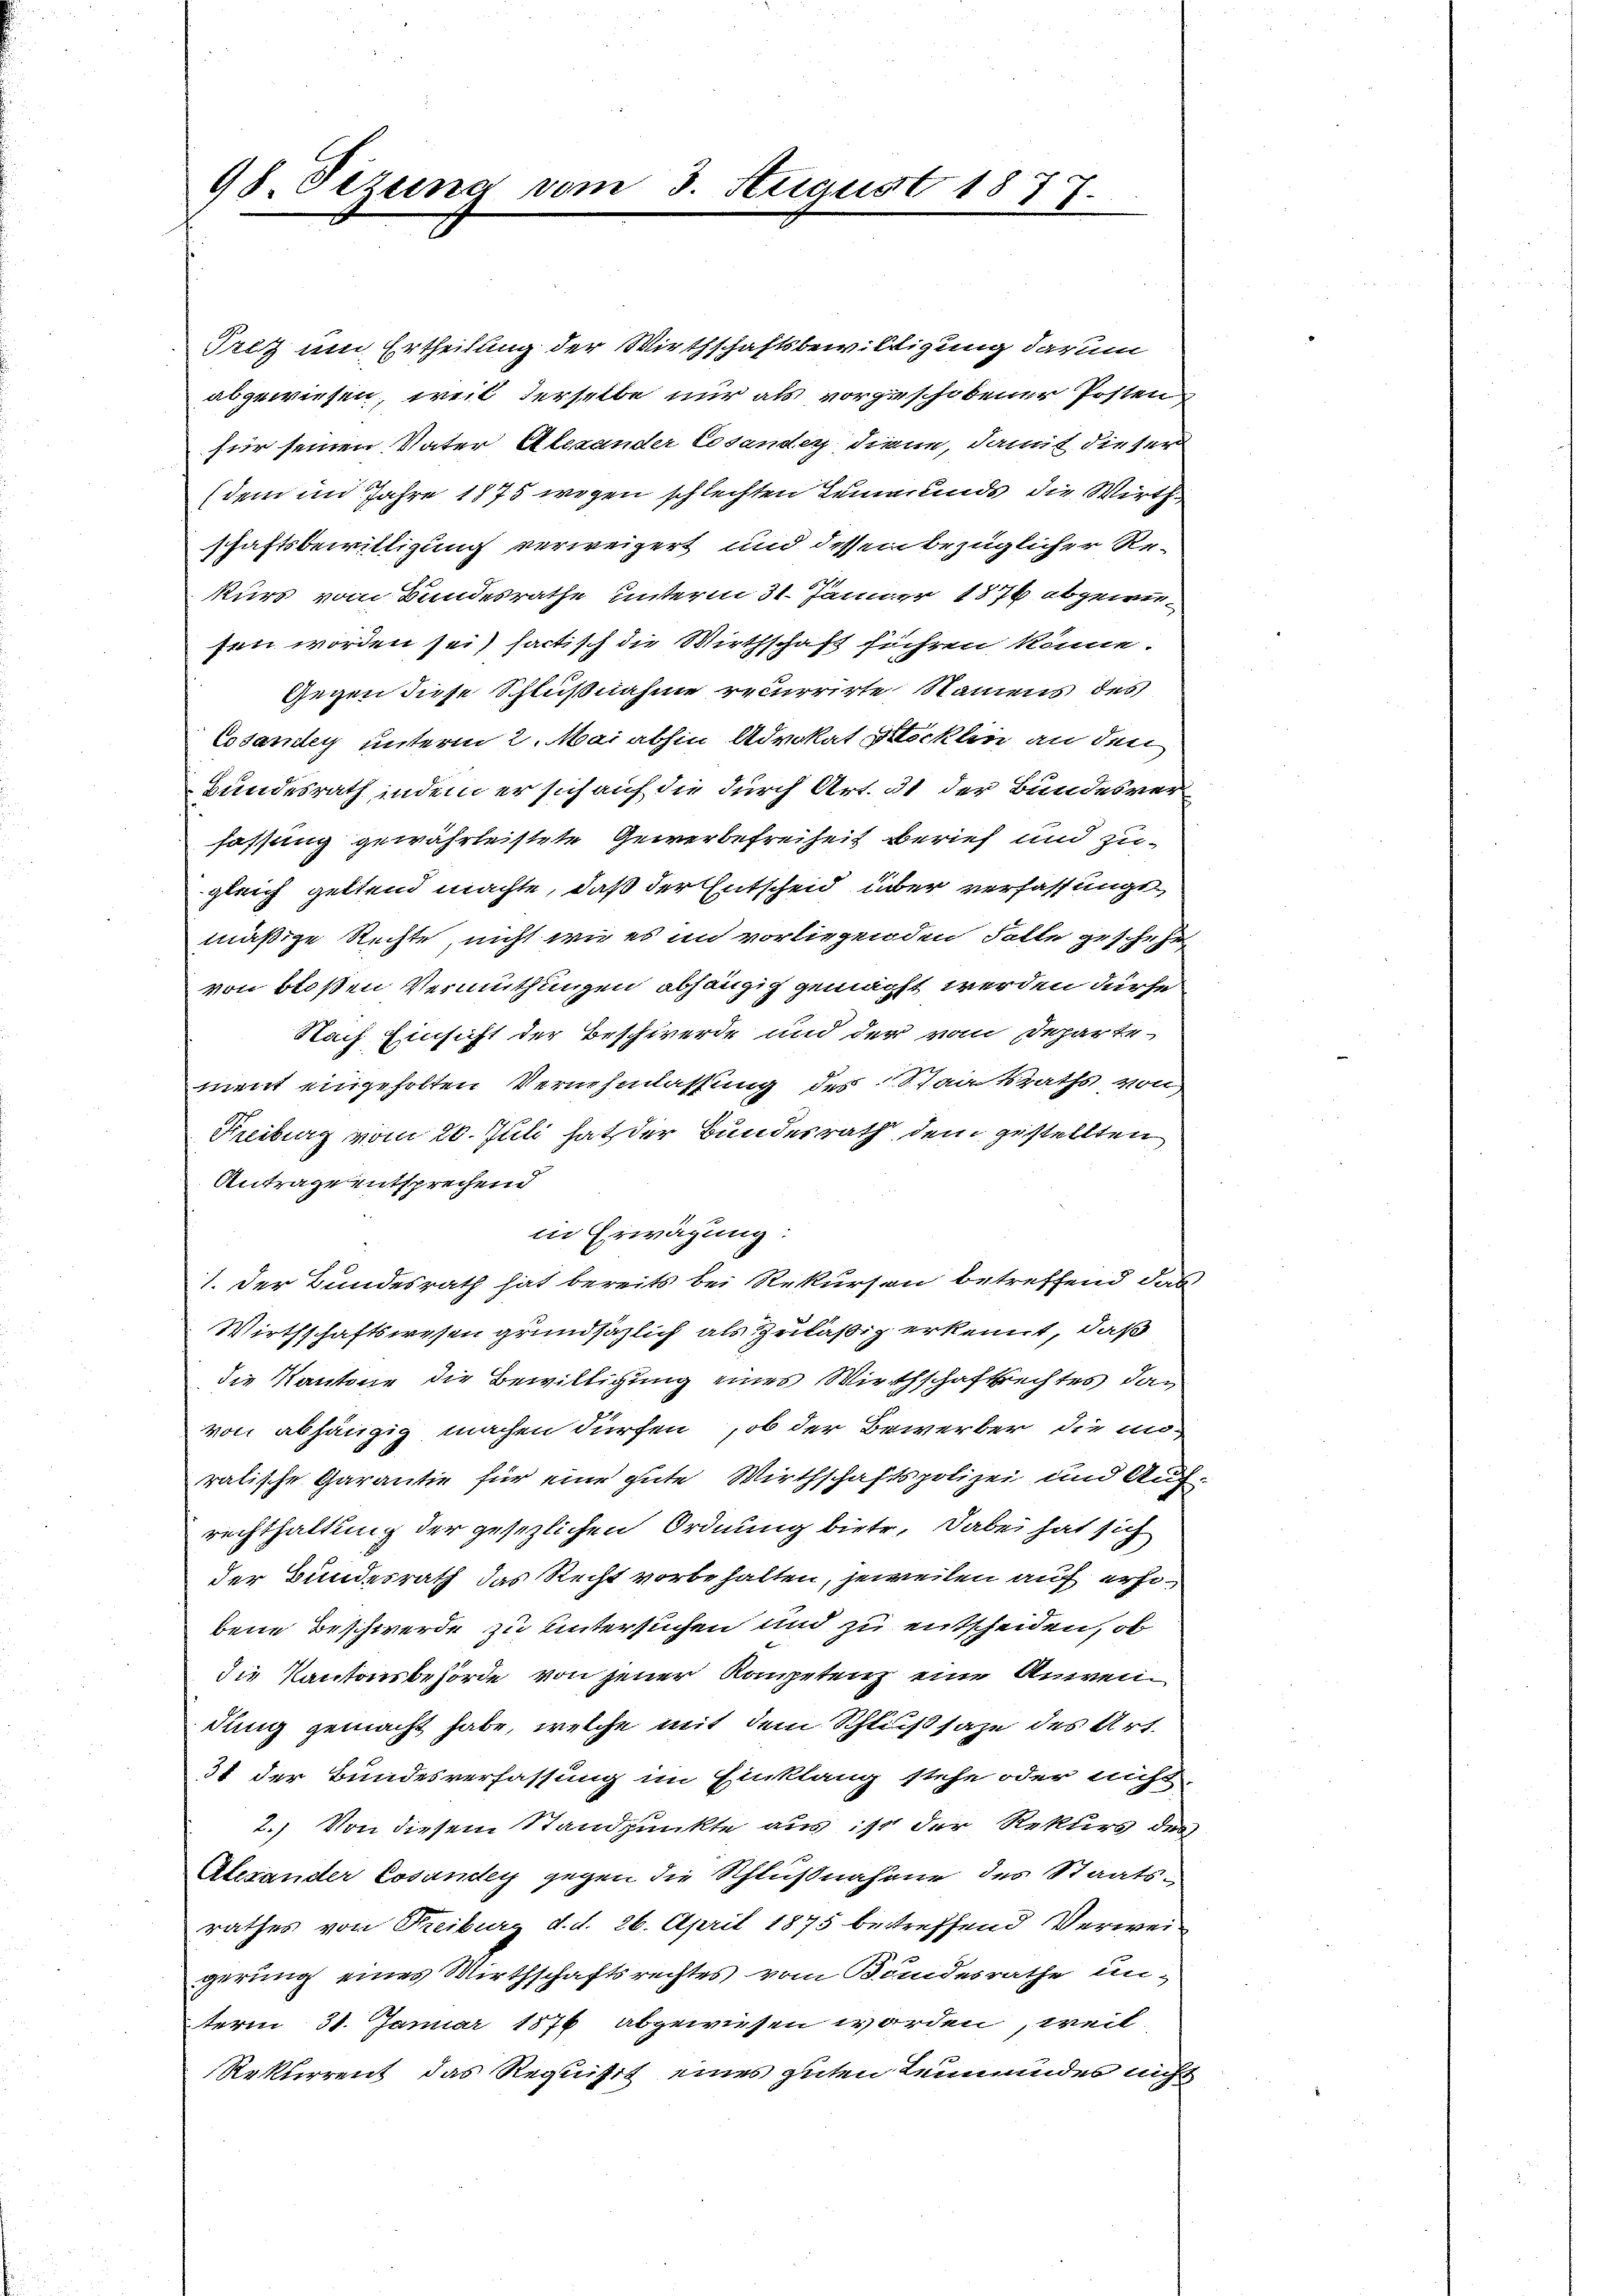
98. Sezung vom 3. August 1877.

Pritz um Ertheilung der Wirthschaftsbewilligung darum
abgewiesen, weil derselbe nur als vorgeschobener Posten
fier seinen Vater Alexander Cesander diene, damit die ser
(dem im Jahre 1875 wegen schlechten Leumunds die Wirth
schaftsbewilligung verweigert und dessen bezüglicher Re-
kurs vom Bundesrathe unterm 31. Jänner 1876 abgewefen worden sei, factisch die Wirthschaft führen könne.
Gegen diese Schlußnahme recurrirte Namens des
Cosaney unterm 2. Mai abhin Advokat Stocklin an den
Bundesrath indem er sich auf die durch Art. 31 der Bundesverfassung gewährleistete Gewerbefreiheit berief und zugleich geltend machte, daß der Entscheid über verfassungsmäßige Rechte, nicht wie es in vorliegenden Falle geschehe
von bloßen Vermuthungen abhängig gemacht werden dürfe
Nach Einsicht der Beschwerde und der vom Departe-
ment eingeholten Vernehmlassung des Staatsraths von
Freiburg vom 20. Juli hat der Bundesrath dem zustellten
Antrage entsprechend
in Erwägung:
1. Der Bundesrath hat bereits bei Rekurson betreffend das
Wirthschaftswesen grundsätzlich als zuläßig erkennt, daß
die Kantone die Bewilligung eines Wirthschaftsrechtes das
von abhängig machen dürfen, ob der Bewerber die anratische Garantie für eine gute Wirthschaftspolizei und Aug
rechthaltung der gesezlichen Ordnung biete. Dabei hat sich
der Bundesrath das Recht vorbehalten, jeweilen auf erhobene Beschwerde zu untersuchen und zu entscheiden, ob
die Kantonsbehörde von jener Kompetenz eine Anwendung gemacht habe, welche mit dem Schlußsaze des Art.
31 der Bundesverfassung im Einklang stehe oder nicht,
2.) Von diesem Standpunkte aus ist der Rekurs des
Alesander Cosander gegen die Schlußnahme des Staatsrathes von Freiburg d. d. 26. April 1875 betreffend Verweigerung eines Wirthschaftsrechtes vom Bundesrathe unterm 31. Januar 1876 abgewiesen worden, weil
Rekurrent das Requisit eines guten Leumundes nicht